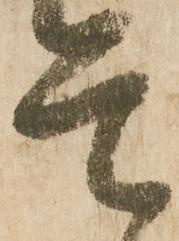
是